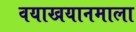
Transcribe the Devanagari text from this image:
वयाखयानमाला